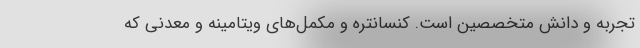
تجربه و دانش متخصصین است. کنسانتره و مکمل‌های ویتامینه و معدنی که